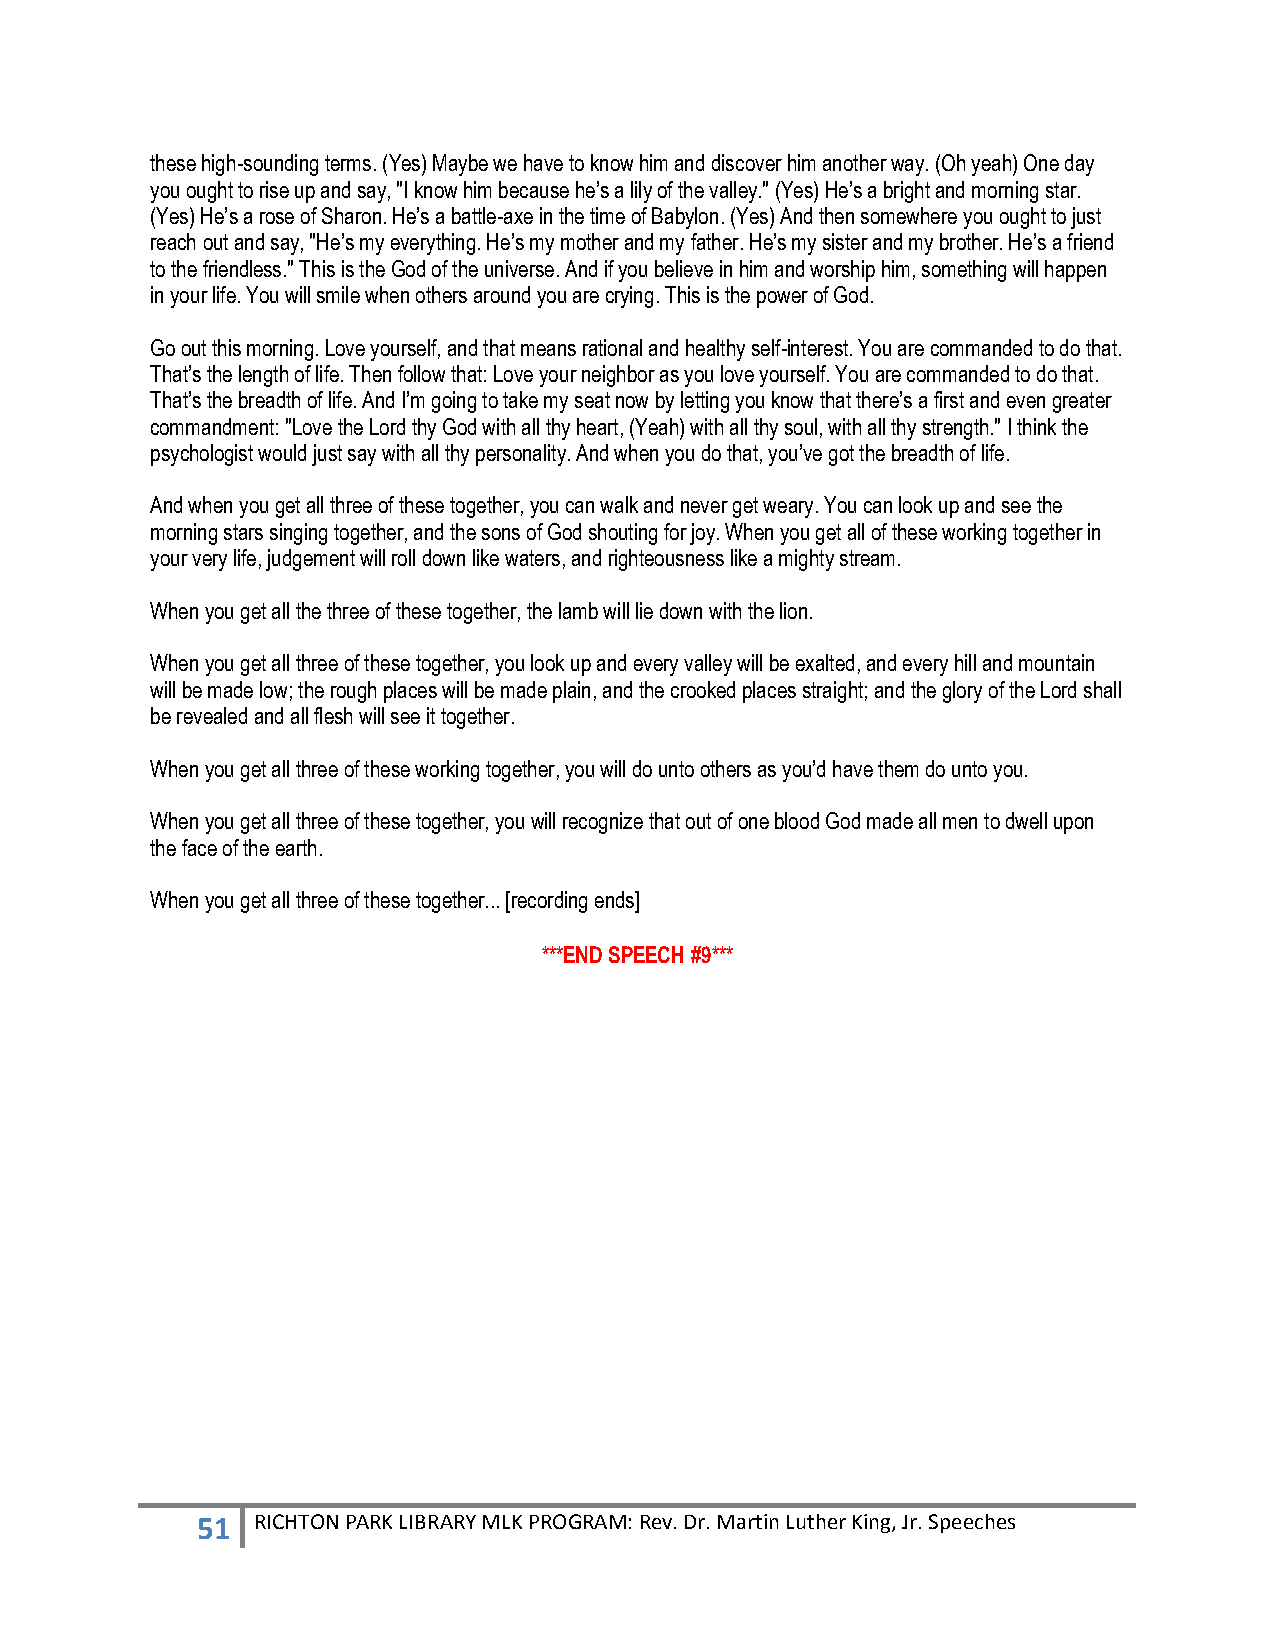
these high-sounding terms. (Yes) Maybe we have to know him and discover him another way. (Oh yeah) One day
 you ought to rise up and say, "I know him because he’s a lily of the valley." (Yes) He’s a bright and morning star.
 (Yes) He’s a rose of Sharon. He’s a battle-axe in the time of Babylon. (Yes) And then somewhere you ought to just
 reach out and say, "He’s my everything. He’s my mother and my father. He’s my sister and my brother. He’s a friend
 to the friendless." This is the God of the universe. And if you believe in him and worship him, something will happen
 in your life. You will smile when others around you are crying. This is the power of God.
 Go out this morning. Love yourself, and that means rational and healthy self-interest. You are commanded to do that.
 That’s the length of life. Then follow that: Love your neighbor as you love yourself. You are commanded to do that.
 That’s the breadth of life. And I’m going to take my seat now by letting you know that there’s a first and even greater
 commandment: "Love the Lord thy God with all thy heart, (Yeah) with all thy soul, with all thy strength." I think the
 psychologist would just say with all thy personality. And when you do that, you’ve got the breadth of life.
 And when you get all three of these together, you can walk and never get weary. You can look up and see the
 morning stars singing together, and the sons of God shouting for joy. When you get all of these working together in
 your very life, judgement will roll down like waters, and righteousness like a mighty stream.
 When you get all the three of these together, the lamb will lie down with the lion.
 When you get all three of these together, you look up and every valley will be exalted, and every hill and mountain
 will be made low; the rough places will be made plain, and the crooked places straight; and the glory of the Lord shall
 be revealed and all flesh will see it together.
 When you get all three of these working together, you will do unto others as you’d have them do unto you.
 When you get all three of these together, you will recognize that out of one blood God made all men to dwell upon
 the face of the earth.
 When you get all three of these together... [recording ends]
 ***END SPEECH #9***
 51  RICHTON PARK LIBRARY MLK PROGRAM: Rev. Dr. Martin Luther King, Jr. Speeches